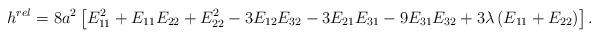
LaTeX: \begin{align*}h^{rel} = 8 a^2 \left[E_{11}^2 + E_{11} E_{22} + E_{22}^2 - 3 E_{12} E_{32} - 3 E_{21} E_{31} - 9 E_{31} E_{32} + 3 \lambda \left(E_{11} + E_{22}\right) \right]. \end{align*}